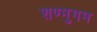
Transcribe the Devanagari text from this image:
शण्मुगम